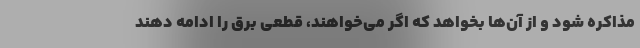
مذاکره شود و از آن‌ها بخواهد که اگر می‌خواهند، قطعی برق را ادامه دهند